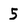
Character: 5